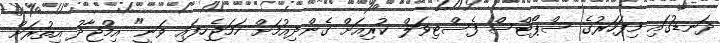
ދަނޑުގައި މިފަހަރުގެ ސްޕޯޓްސް ފެސްޓިވަލް ކުރިއަށް ގެންދިއުމަށް ހަމަޖެހިފައި ވަނީ" އިމްޖާދު އިތުރަށް